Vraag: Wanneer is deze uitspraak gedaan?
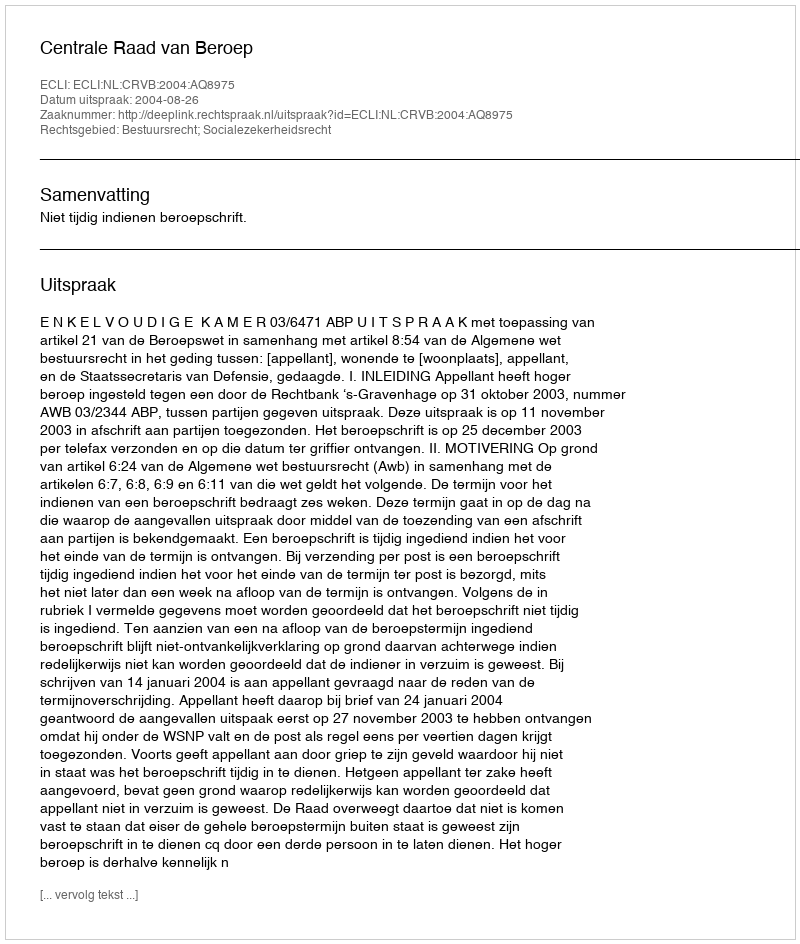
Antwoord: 2004-08-26